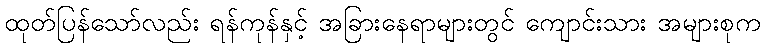
ထုတ်ပြန်သော်လည်း ရန်ကုန်နှင့် အခြားနေရာများတွင် ကျောင်းသား အများစုက